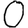
Digit: 0